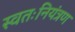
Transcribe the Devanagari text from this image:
स्वतःनियंत्रण